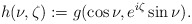
\begin{align*}h(\nu,\zeta) := g(\cos \nu, e^{i\zeta} \sin \nu).\end{align*}